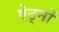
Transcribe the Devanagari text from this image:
ऐठ्नों